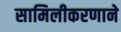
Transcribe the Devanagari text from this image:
सामिलीकरणाने